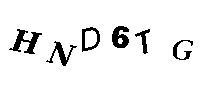
HND6TG